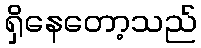
ရှိနေတော့သည်